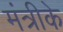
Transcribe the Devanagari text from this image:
मंत्रीके